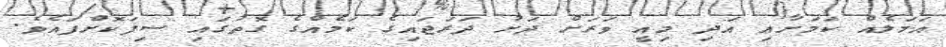
އަމަލެއް ކަމަށާއި އަދި މިއީ ވަރަށް ދަށު ދަރަޖައިގެ ކަމެއްގެ ގޮތުގައި ސިފަކޮށްފައެވެ.